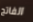
الفاتح